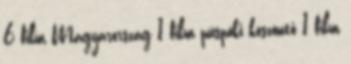
6 film Magyarország 1 film püspöki köszöntő 1 film